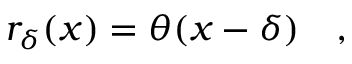
r _ { \delta } ( x ) = \theta ( x - \delta ) \quad ,